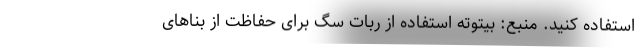
استفاده کنید. منبع: بیتوته استفاده از ربات سگ برای حفاظت از بنا‌های